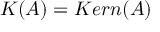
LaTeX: K ( A ) = K e r n ( A )